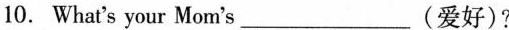
10.What's your Mom's___(爱好)?